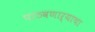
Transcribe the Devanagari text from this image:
पाठवणाऱ्याचा